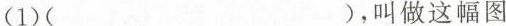
（1）（ ）,叫做这幅图